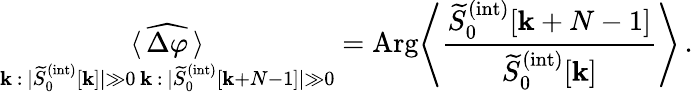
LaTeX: \underset{\substack{\mathbf{k}\, :\, |\widetilde{{S}}_{0}^{(\mathrm{{int}})}[\mathbf{k}]|\gg0\, \mathbf{k}\, :\, |\widetilde{{S}}_{0}^{(\mathrm{{int}})}[\mathbf{k}+N-1]|\gg0}}{\langle\, \widehat{{\Delta\varphi}}\, \rangle}=\mathrm{{Arg}}\Bigg\langle\frac{{\widetilde{{S}}_{0}^{(\mathrm{{int}})}[\mathbf{k}+N-1]}}{{\widetilde{{S}}_{0}^{(\mathrm{{int}})}[\mathbf{k}]}}\Bigg\rangle\, .